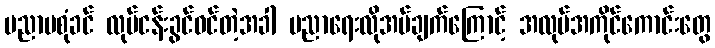
ပညာမစုံခင် လုပ်ငန်းခွင်ဝင်တဲ့အခါ ပညာရေးလိုအပ်ချက်ကြောင့် အလုပ်အကိုင်ကောင်းတွေ